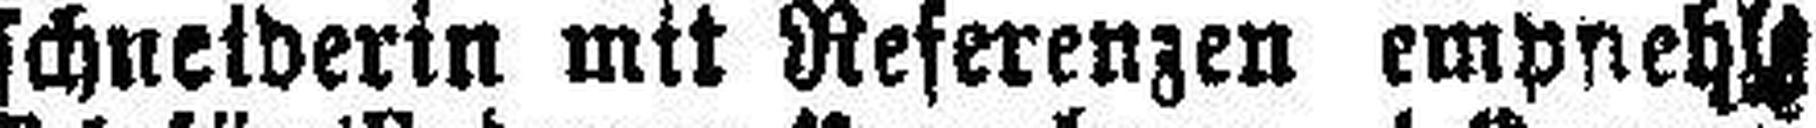
schneiderin mit Referenzen empfiehlt